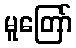
မူတြော်